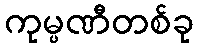
ကုမ္ပဏီတစ်ခု